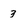
Character: 3